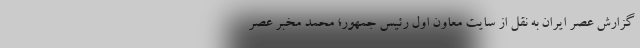
گزارش عصر ایران به نقل از سایت معاون اول رئیس جمهور؛ محمد مخبر عصر